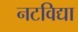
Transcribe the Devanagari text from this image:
नटविद्या